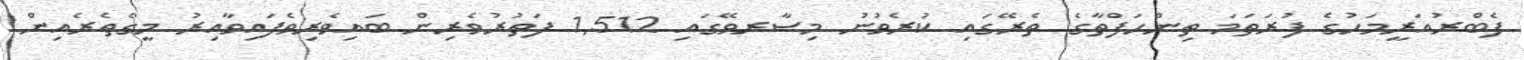
ފެބްރުއަރީމަހުގެ ފުރަތަމަ ތިންހަފްތާގެ ތެރޭގައި ކުރެވުނު މިސާރވޭގައި 1